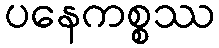
ပနေကစ္စဿ